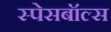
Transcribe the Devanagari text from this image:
स्पेसबॉल्स